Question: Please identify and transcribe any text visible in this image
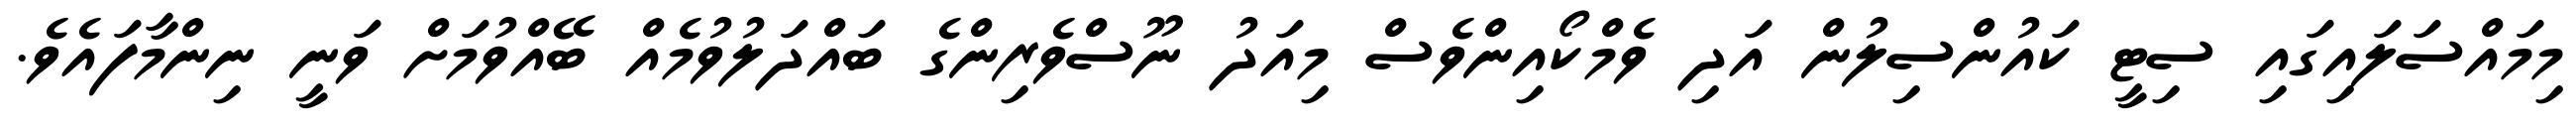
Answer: މިމައްސަލައިގައި ސިޓީ ކައުންސިލުން އަދި ވެމްކޯއިންވެސް މިއަދު ނޫސްވެރިންގެ ބައްދަލުވުމެއް ބޭއްވުމަށް ވަނީ ނިންމާފައެވެ.